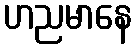
ဟညမာနေ